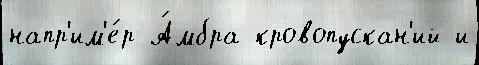
напр'им'е́р А́мбра кровопускан'ий и